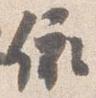
依